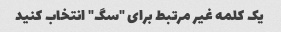
یک کلمه غیر مرتبط برای "سگ" انتخاب کنید